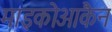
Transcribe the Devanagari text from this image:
माइकोआकैन